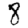
Digit: 8